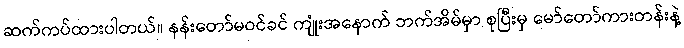
ဆက်ကပ်ထားပါတယ်။ နန်းတော်မဝင်ခင် ကျုံးအနောက် ဘက်အိမ်မှာ စုပြီးမှ မော်တော်ကားတန်းနဲ့